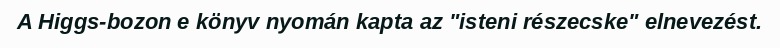
A Higgs-bozon e könyv nyomán kapta az "isteni részecske" elnevezést.